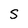
Character: S